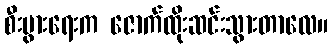
စီးပွားရေးက ဇောက်ထိုးဆင်းသွားတာလေ။